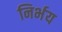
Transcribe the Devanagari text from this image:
निर्भय